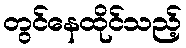
တွင်နေထိုင်သည့်